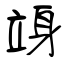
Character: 竧